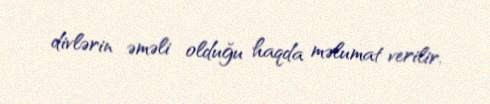
divlərin əməli olduğu haqda məlumat verilir.